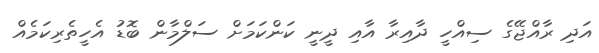
އަދި ރާއްޖޭގެ ސިއްހީ ދާއިރާ އާއި ދީނީ ކަންކަމަށް ސަލްމާން ބޮޑު އެހީތެރިކަމެއް